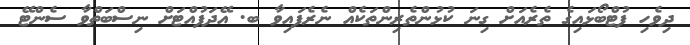
ދިވެހި ފުޓްބޯޅައިގެ ތެރެއަށް ގިނަ ކުޅުންތެރިންތަކެއް ނެރެފައިވާ ބ. އޭދަފުއްޓަށް ނިސްބަތްވާ ސެންޓޭ